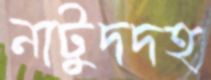
নাটুদদহ